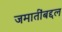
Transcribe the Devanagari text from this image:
जमातींबद्दल